system: You are a helpful assistant.
user:
Analyze the provided spectrum to determine if it is a **S-type Star**.

- **Key Indicators for S-type Star:**

    - **(Overall Spectrum Shape):** The first and most obvious characteristic is the overall continuum (the "baseline" shape). It is **extremely "red-sloping,"** meaning the flux (light intensity) is very low on the left side (blue, ~4000-4500 Å) and rises steeply and continuously toward the right side (red, ~7000 Å+).

    - **(Primary):** The spectrum is defined by the presence of strong, broad molecular absorption "valleys" (bands) from **Zirconium Oxide (ZrO)**. The identification of these bands is the **primary requirement** for classifying a star as S-type.
        - **(Key Bandheads):** You must find distinct, deep "dips" where the light has been absorbed. The most critical band systems to locate are:
            - **~6474 Å** ($\gamma$-system): This is often the strongest and clearest ZrO feature, found in the red part of the spectrum.
            - **~5718 Å** & **~5551 Å** ($\beta$-system): A pair of prominent absorption features in the yellow-orange part of the spectrum.
            - **~4640 Å** ($\alpha$-system): A key absorption band system in the blue-green region of the spectrum.

    - **(Secondary Confirmation):** The classification is strengthened by finding additional absorption bands from other related heavy element oxides, which are expected to be present alongside ZrO.
        - **(Key Bandheads):**
            - **Yttrium Oxide (YO):** Look for absorption dips near **~4800 Å** and **~6100 Å**.
            - **Lanthanum Oxide (LaO):** Additional absorption features, particularly in the red-orange part of the spectrum, are also characteristic.

    - **(Line Profile):** The combination of the steep red continuum and these numerous, deep molecular bands (ZrO, YO, etc.) gives the entire spectrum a very **"chopped-up"** or **"bumpy"** appearance. Instead of a smooth curve, the spectrum looks as though large, wide chunks of light have been "carved out" of it at the specific wavelengths listed above.

Think first, call **spectral_visualization_tool** if needed to examine features in detail, then provide your final answer. Your response must adhere to the following strict rules:
1.  **Overall Structure:** Your response must follow the format `<think>...</think> <tool_call>...</tool_call> (if a tool is used) <answer>...</answer>`.
2.  **Tool Usage Constraint:** You may only make **one** tool call per turn.
3.  **Final Answer Format:** In the `<answer>` tag, your conclusion must be inside a `\boxed{}` command (e.g., `\boxed{YES}` or `\boxed{NO}`), followed by your justification.

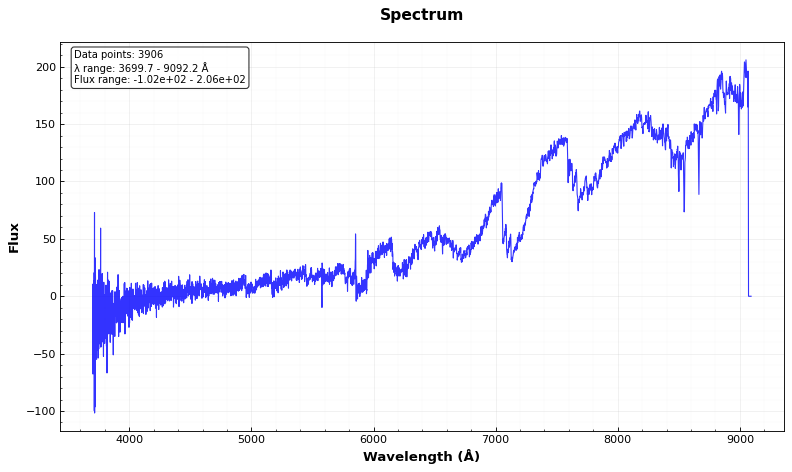
Answer: YES